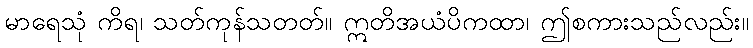
မာရေသုံ ကိရ၊ သတ်ကုန်သတတ်။ ဣတိအယံပိကထာ၊ ဤစကားသည်လည်း။